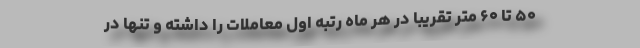
۵۰ تا ۶۰ متر تقریبا در هر ماه رتبه اول معاملات را داشته و تنها در